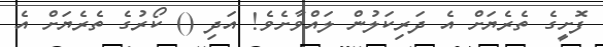
ފޮށީގެ ތެރެޔަށް އެ ދަރިކަލުން ލައްވާށެވެ! އަދި () ކޯރުގެ ތެރެޔަށް އެ